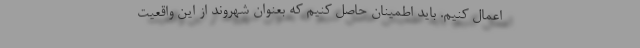
اعمال کنیم. باید اطمینان حاصل کنیم که بعنوان شهروند از این واقعیت